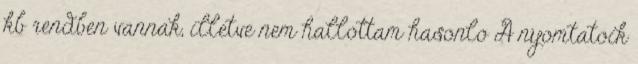
kb rendben vannak, illetve nem hallottam hasonlo A nyomtatoik